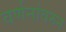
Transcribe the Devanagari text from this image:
वर्णनांवरुन